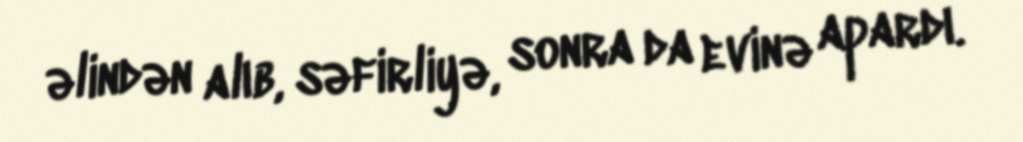
əlindən alıb, səfirliyə, sonra da evinə apardı.